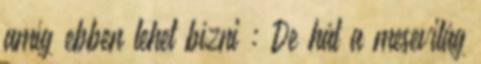
amíg ebben lehet bízni : De hát a mesevilág